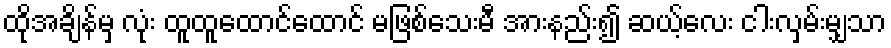
ထိုအချိန်မှ လုံး ထူထူထောင်ထောင် မဖြစ်သေးမီ အားနည်း၍ ဆယ့်လေး ငါးလှမ်းမျှသာ